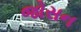
જોસન